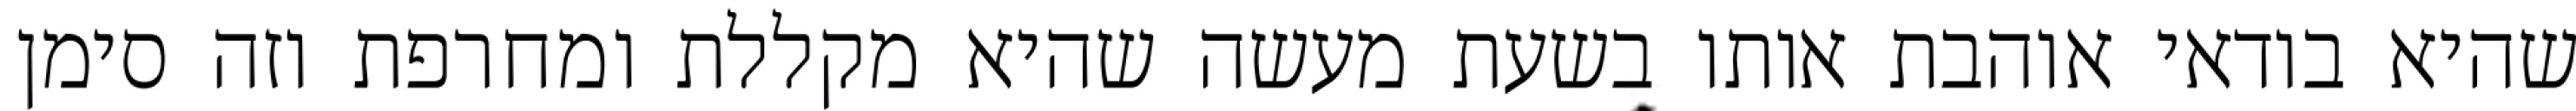
שהיא בודאי אוהבת אותו בשעת מעשה שהיא מקללת ומחרפת וזה סימן